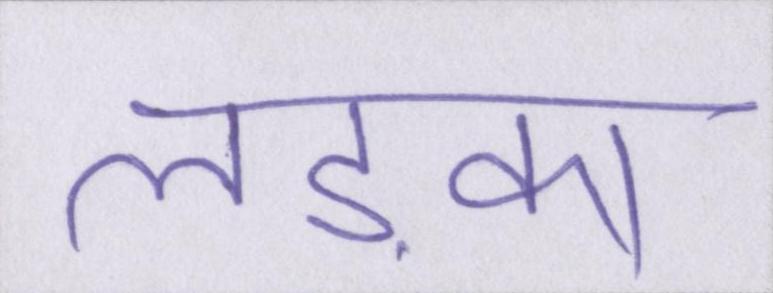
लड़का